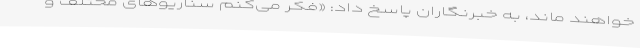
خواهند ماند، به خبرنگاران پاسخ داد: «فکر می‌کنم سناریو‌های مختلف و